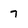
Character: 7